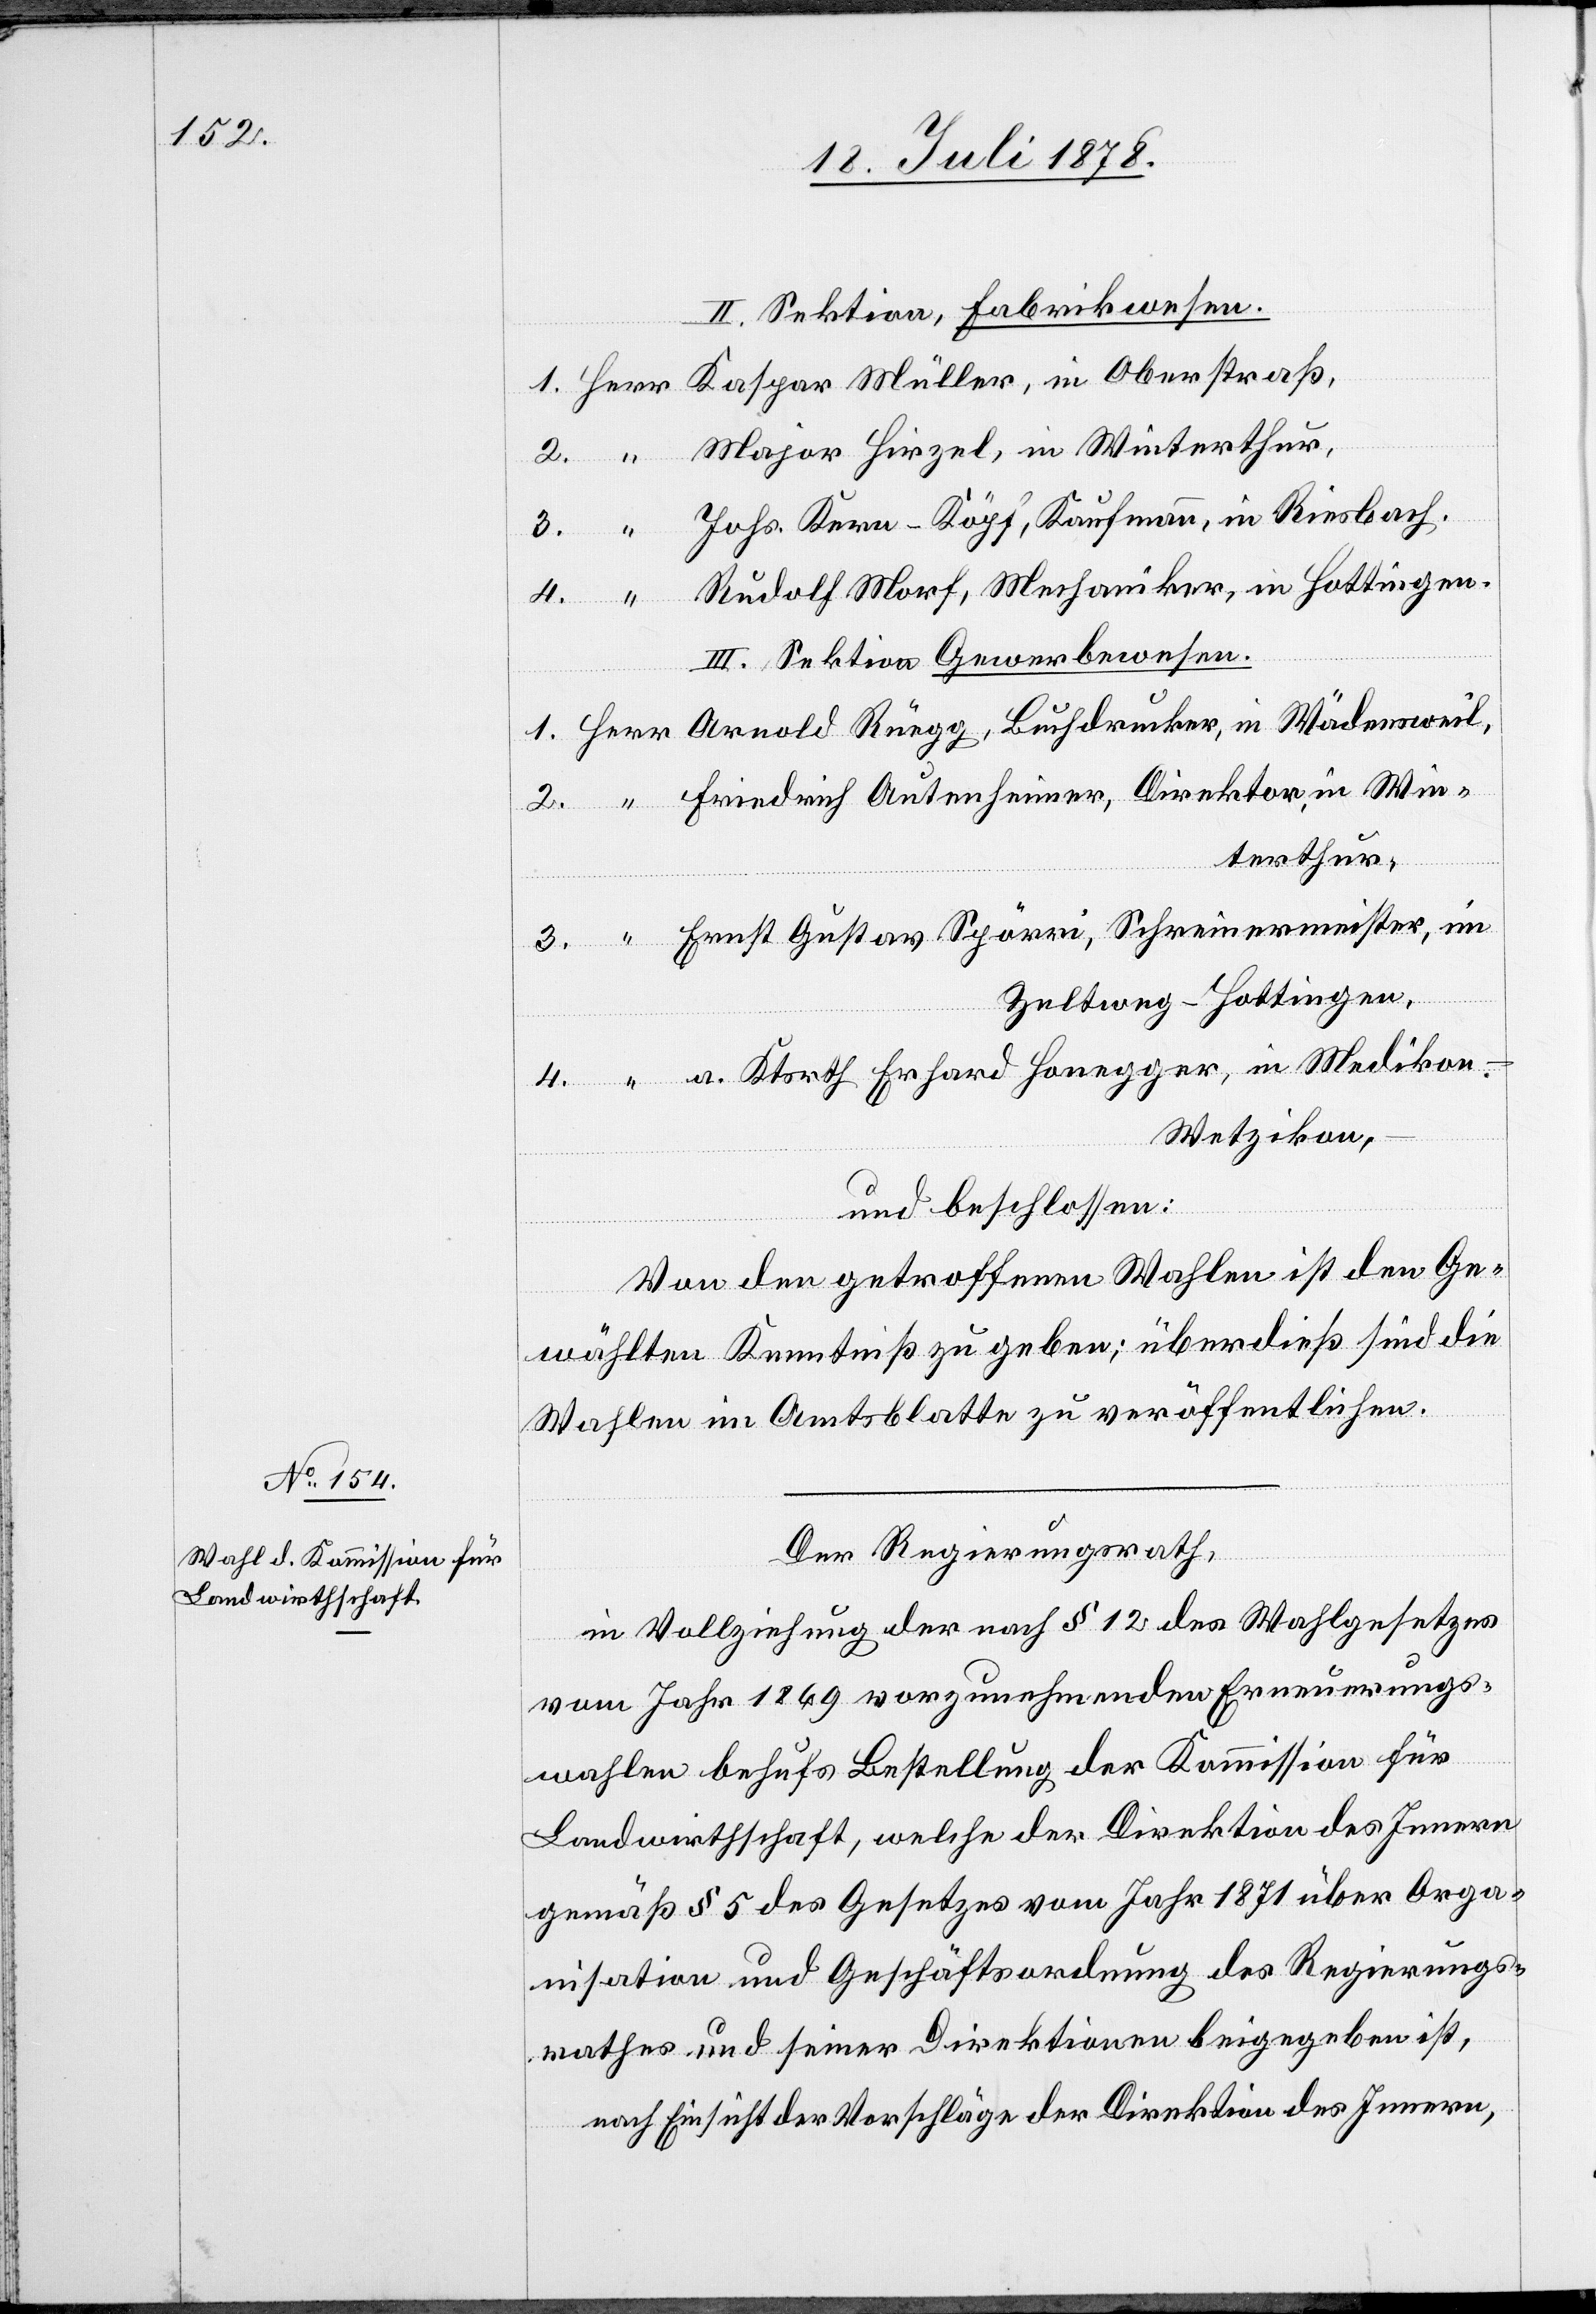
II. Sektion, Fabrikwesen.
1. Herr Kaspar Müller, in Oberstraß,
2. “ Major Hirzel, in Winterthur,
3. “ Johs. Kern-Köpf, Kaufmann, in Riesbach.
4. “ Rudolf Morf, Mechaniker, in Hottingen.
III. Sektion Gewerbewesen.
1. Herr Arnold Rüegg, Buchdrucker, in Wädensweil,
2. “ Friedrich Autenheimer, Direktor, in Win¬
terthur,
3. “ Ernst Gustav Spörri, Schreinermeister, im
Zeltweg - Hottingen,
4. “ a. Ktsrth Erhard Honegger, in Medikon
Wetzikon,
und beschlossen:
Von den getroffenen Wahlen ist den Ge¬
wählten Kenntniß zu geben; überdieß sind die
Wahlen im Amtsblatte zu veröffentlichen.
Der Regierungsrath,
in Vollziehung der nach § 12 des Wahlgesetzes
vom Jahr 1869 vorzunehmenden Erneuerungs¬
wahlen behufs Bestellung der Kommission für
Landwirthschaft, welche der Direktion des Innern
gemäß § 5 des Gesetzes vom Jahr 1871 über Orga¬
nisation und Geschäftsordnung des Regierungs¬
rathes & seiner Direktionen beigegeben ist,
nach Einsicht der Vorschläge der Direktion des Innern,